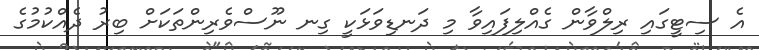
އެ ސިޓީގައި ރިލްވާން ގެއްލިފައިވާ މި ދަނޑިވަޅަކީ ގިނ ނޫސްވެރިންތަކަށް ބިރު ދެއްކުމުގެ